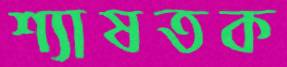
শ্যাষতক